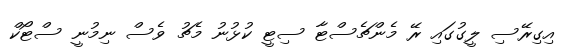
އިގިރޭސި ލީގުގައި ރޭ މެންޗެސްޓާ ސިޓީ ކުޅުނު މެޗު ވެސް ނިމުނީ ސްޓޯކް